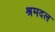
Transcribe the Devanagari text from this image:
श्रमदल